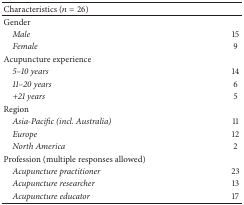
<table><thead><tr><td><b>Characteristics (<i>n</i> = 26)</b></td><td><b> </b></td></tr></thead><tbody><tr><td>Gender</td><td> </td></tr><tr><td> <i>Male</i></td><td>15</td></tr><tr><td> <i>Female</i></td><td>9</td></tr><tr><td>Acupuncture experience</td><td> </td></tr><tr><td> <i>5–10 years</i></td><td>14</td></tr><tr><td> <i>11–20 years</i></td><td>6</td></tr><tr><td> <i>+21 years</i></td><td>5</td></tr><tr><td>Region</td><td> </td></tr><tr><td> <i>Asia-Pacific (incl. Australia)</i></td><td>11</td></tr><tr><td> <i>Europe</i></td><td>12</td></tr><tr><td> <i>North America</i></td><td>2</td></tr><tr><td>Profession (multiple responses allowed)</td><td> </td></tr><tr><td> <i>Acupuncture practitioner</i></td><td>23</td></tr><tr><td> <i>Acupuncture researcher</i></td><td>13</td></tr><tr><td> <i>Acupuncture educator</i></td><td>17</td></tr></tbody></table>